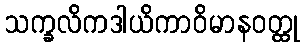
သက္ခလိကဒါယိကာဝိမာနဝတ္ထု